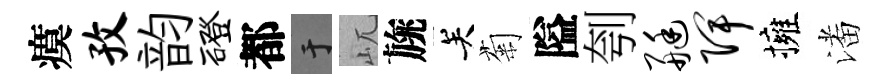
瘼孜韵磴都于屼旐关菊隘刳艇陴擁潘